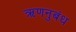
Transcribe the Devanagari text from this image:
ऋणनुबंध